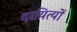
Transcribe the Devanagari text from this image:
दायित्यों